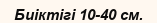
Биіктігі 10-40 см.